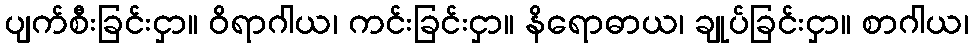
ပျက်စီးခြင်းငှာ။ ဝိရာဂါယ၊ ကင်းခြင်းငှာ။ နိရောဓာယ၊ ချုပ်ခြင်းငှာ။ စာဂါယ၊